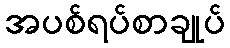
အပစ်ရပ်စာချုပ်